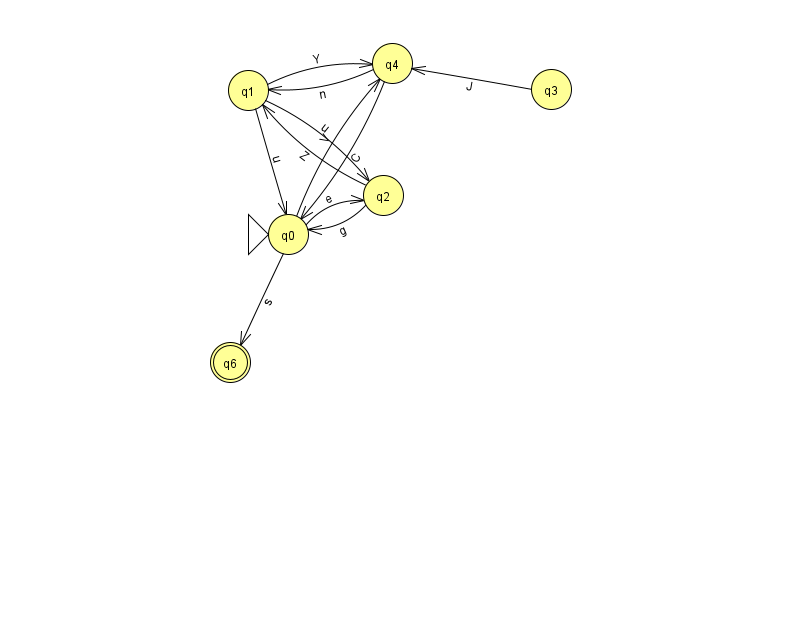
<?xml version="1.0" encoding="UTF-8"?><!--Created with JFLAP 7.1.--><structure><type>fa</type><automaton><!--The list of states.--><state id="0" name="q0"><x>288.0</x><y>221.0</y><initial/></state><state id="1" name="q1"><x>248.0</x><y>77.0</y></state><state id="2" name="q2"><x>383.0</x><y>182.0</y></state><state id="3" name="q3"><x>551.0</x><y>76.0</y></state><state id="4" name="q4"><x>392.0</x><y>50.0</y></state><state id="6" name="q6"><x>230.0</x><y>349.0</y><final/></state><!--The list of transitions.--><transition><from>2</from><to>0</to><read>g</read></transition><transition><from>2</from><to>1</to><read>Z</read></transition><transition><from>0</from><to>2</to><read>e</read></transition><transition><from>0</from><to>6</to><read>s</read></transition><transition><from>3</from><to>4</to><read>J</read></transition><transition><from>4</from><to>0</to><read>C</read></transition><transition><from>4</from><to>1</to><read>n</read></transition><transition><from>1</from><to>0</to><read>u</read></transition><transition><from>0</from><to>4</to><read>V</read></transition><transition><from>1</from><to>2</to><read>u</read></transition><transition><from>1</from><to>4</to><read>Y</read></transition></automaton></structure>